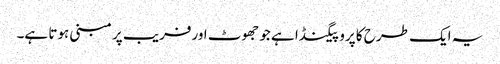
یہ ایک طرح کا پروپیگنڈا ہے جو جھوٹ اورفریب پر مبنی ہوتا ہے۔